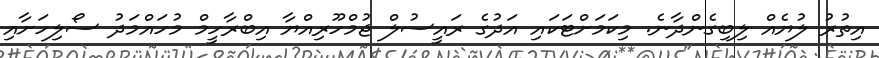
އިތުރު ލުޔެެއް ލިބިގެންދާނެ. މިކަމަށްޓަކައި އަދުގެ ރައީސުލް ޖުމްހޫރިއްޔާ އިބްރާހީމް މުހައްމަދު ސޯލިހަށާއި